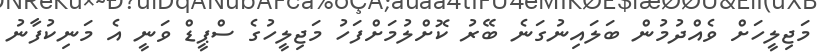
މަޖިލީހަށް ވެއްދުމުން ބަލައިނުގަނެ ބޭރު ކޮށްލުމަށްފަހު މަޖިލީހުގެ ސްޕީޑް ވަނީ އެ މަނިކުފާނު